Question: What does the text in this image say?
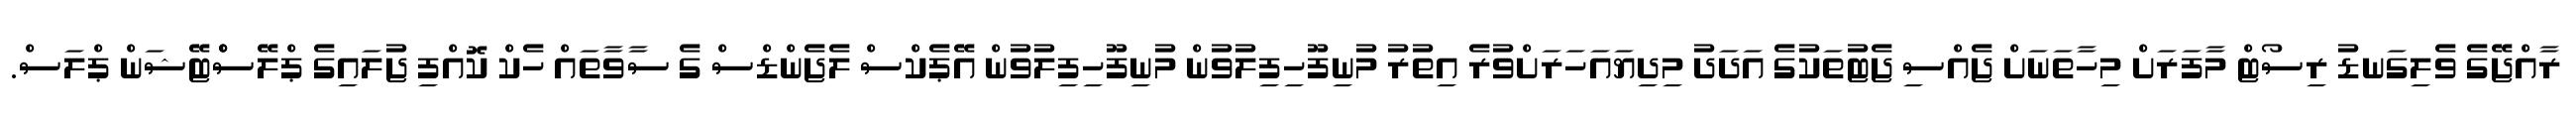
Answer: ރާއްޖޭގެ ވެލިގަނޑު ރިސޯޓް މާފަރަށް މިހާތަނަށް ޖެއްސި ޖެޓުތަކުގެ އަދަދު މިދިޔައަހަރަށްވުރެ އިތުރު މުނިފޫހިފިލުވުން މުނިފޫހިފިލުވުން އޭޕެކްސް ލެޖެންޑްސް ގެ ސާވާތައް ހެކް ކޮއްފި ޖުލައިގެ ޕްލޭސްްޓޭޝަން ޕްލަސް.